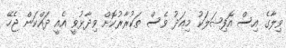
ވިލާގެ އިސް އޮފިޝަލަކު މިއަދު ވެސް ތަކުރާރުކޮށް ވިދާޅުވީ އެއީ ދައްކަން ޖެހޭ